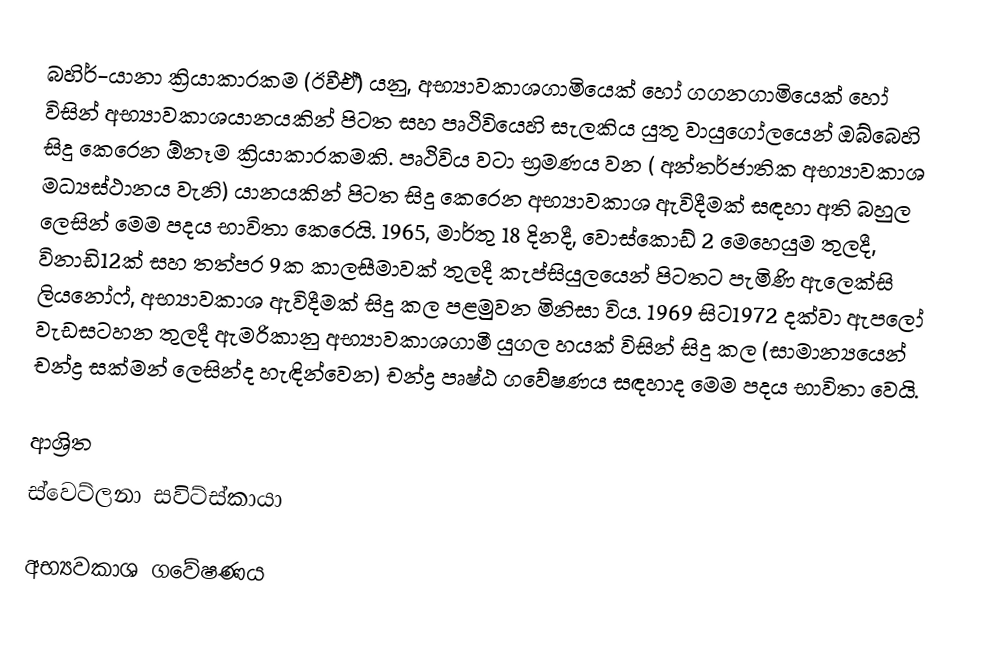
බහිර්-යානා ක්‍රියාකාරකම (ඊවීඒ්) යනු, අභ්‍යාවකාශගාමියෙක් හෝ ගගනගාමියෙක් හෝ විසින් අභ්‍යාවකාශයානයකින් පිටත සහ පෘථිවියෙහි සැලකිය යුතු වායුගෝලයෙන් ඔබ්බෙහි සිදු කෙරෙන ඕනෑම ක්‍රියාකාරකමකි. පෘථිවිය වටා භ්‍රමණය වන ( අන්තර්ජාතික අභ්‍යාවකාශ මධ්‍යස්ථානය වැනි) යානයකින් පිටත සිදු කෙරෙන අභ්‍යාවකාශ ඇවිදීමක් සඳහා අති බහුල ලෙසින් මෙම පදය භාවිතා කෙරෙයි. 1965, මාර්තු 18 දිනදී,  වොස්කොඩ් 2 මෙහෙයුම තුලදී, විනාඩි12ක් සහ  තත්පර 9ක කාලසීමාවක් තුලදී කැප්සියුලයෙන් පිටතට පැමිණි ඇලෙක්සි ලියනෝෆ්, අභ්‍යාවකාශ ඇවිදීමක් සිදු කල පළමුවන මිනිසා විය. 1969 සිට1972 දක්වා ඇපලෝ වැඩසටහන තුලදී ඇමරිකානු අභ්‍යාවකාශගාමී යුගල හයක් විසින් සිදු කල (සාමාන්‍යයෙන් චන්ද්‍ර සක්මන් ලෙසින්ද හැඳින්වෙන) චන්ද්‍ර පෘෂ්ඨ ගවේෂණය සඳහාද මෙම පදය භාවිතා වෙයි.

ආශ්‍රිත
 ස්වෙට්ලනා සවිට්ස්කායා

අභ්‍යවකාශ ගවේෂණය